Annual administration report of the Bombay Presidency - 1887-1892
Year: 1887
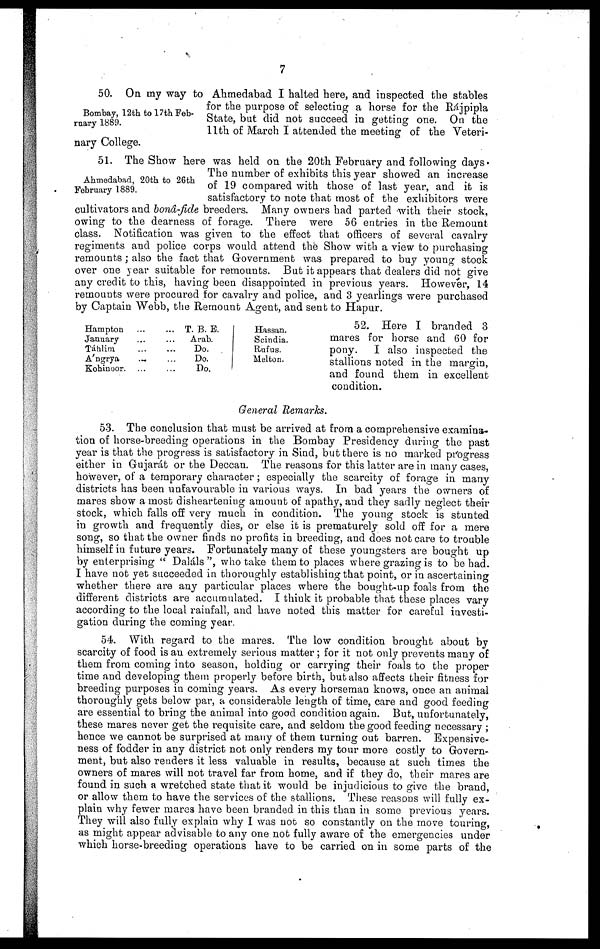
7
Bombay, 12th to 17th Feb-
ruary 1889.
50. On my way to Ahmedabad I halted here, and inspected the stables
for the purpose of selecting a horse for the Rájpipla
State, but did not succeed in getting one. On the
11th of March I attended the meeting of the Veteri-
nary College.
Ahmedabad, 20th to 26th
February 1889.
51. The Show here was held on the 20th February and following days.
The number of exhibits this year showed an increase
of 19 compared with those of last year, and it is
satisfactory to note that most of the exhibitors were
cultivators and bonâ-fide breeders. Many owners had parted with their stock,
owing to the dearness of forage. There were 56 entries in the Remount
class. Notification was given to the effect that officers of several cavalry
regiments and police corps would attend the Show with a view to purchasing
remounts; also the fact that Government was prepared to buy young stock
over one year suitable for remounts. But it appears that dealers did not give
any credit to this, having been disappointed in previous years. However, 14
remounts were procured for cavalry and police, and 3 yearlings were purchased
by Captain Webb, the Remount Agent, and sent to Hapur.
Hampton
January
Táhlim
A'ngrya
Kohinoor.
...
...
...
...
...
...
...
...
...
...
T. B. E.
Arab.
Do.
Do.
Do.
Hassan.
Scindia.
Rufus.
Melton.
52. Here I branded 3
mares for horse and 60 for
pony. I also inspected the
stallions noted in the margin,
and found them in excellent
condition.
General Remarks.
53. The conclusion that must be arrived at from a comprehensive examina-
tion of horse-breeding operations in the Bombay Presidency during the past
year is that the progress is satisfactory in Sind, but there is no marked progress
either in Gujarát or the Deccan. The reasons for this latter are in many cases,
however, of a temporary character; especially the scarcity of forage in many
districts has been unfavourable in various ways. In bad years the owners of
mares show a most disheartening amount of apathy, and they sadly neglect their
stock, which falls off very much in condition. The young stock is stunted
in growth and frequently dies, or else it is prematurely sold off for a mere
song, so that the owner finds no profits in breeding, and does not care to trouble
himself in future years. Fortunately many of these youngsters are bought up
by enterprising " Daláls ", who take them to places where grazing is to be had.
I have not yet succeeded in thoroughly establishing that point, or in ascertaining
whether there are any particular places where the bought-up foals from the
different districts are accumulated. I think it probable that these places vary
according to the local rainfall, and have noted this matter for careful investi-
gation during the coming year.
54. With regard to the mares. The low condition brought about by
scarcity of food is an extremely serious matter; for it not only prevents many of
them from coming into season, holding or carrying their foals to the proper
time and developing them properly before birth, but also affects their fitness for
breeding purposes in coming years. As every horseman knows, once an animal
thoroughly gets below par, a considerable length of time, care and good feeding
are essential to bring the animal into good condition again. But, unfortunately,
these mares never get the requisite care, and seldom the good feeding necessary ;
hence we cannot be surprised at many of them turning out barren. Expensive-
ness of fodder in any district not only renders my tour more costly to Govern-
ment, but also renders it less valuable in results, because at such times the
owners of mares will not travel far from home, and if they do, their mares are
found in such a wretched state that it would be injudicious to give the brand,
or allow them to have the services of the stallions. These reasons will fully ex-
plain why fewer mares have been branded in this than in some previous years.
They will also fully explain why I was not so constantly on the move touring,
as might appear advisable to any one not fully aware of the emergencies under
which horse-breeding operations have to be carried on in some parts of the